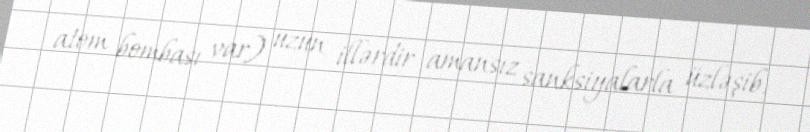
atom bombası var) uzun illərdir amansız sanksiyalarla üzləşib.